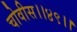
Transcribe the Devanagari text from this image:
चोवीस।।४९।।